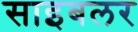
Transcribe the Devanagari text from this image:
साइबलर